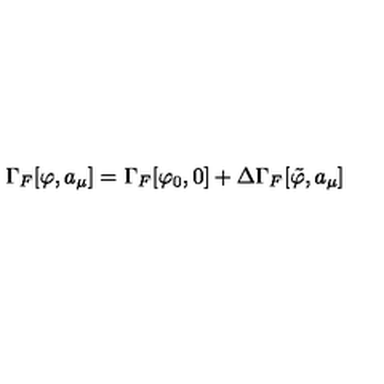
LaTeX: \Gamma _ { F } [ \varphi , a _ { \mu } ] = \Gamma _ { F } [ \varphi _ { 0 } , 0 ] + \Delta \Gamma _ { F } [ { \tilde { \varphi } } , a _ { \mu } ]